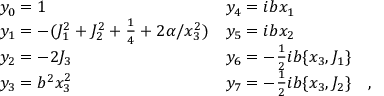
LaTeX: \begin{array} { l l } { { y _ { 0 } = 1 } } & { { y _ { 4 } = i b x _ { 1 } } } \\ { { y _ { 1 } = - ( J _ { 1 } ^ { 2 } + J _ { 2 } ^ { 2 } + \frac { 1 } { 4 } + 2 \alpha / x _ { 3 } ^ { 2 } ) } } & { { y _ { 5 } = i b x _ { 2 } } } \\ { { y _ { 2 } = - 2 J _ { 3 } } } & { { y _ { 6 } = - \frac { 1 } { 2 } i b \{ x _ { 3 } , J _ { 1 } \} } } \\ { { y _ { 3 } = b ^ { 2 } x _ { 3 } ^ { 2 } } } & { { y _ { 7 } = - \frac { 1 } { 2 } i b \{ x _ { 3 } , J _ { 2 } \} \quad , } } \end{array}